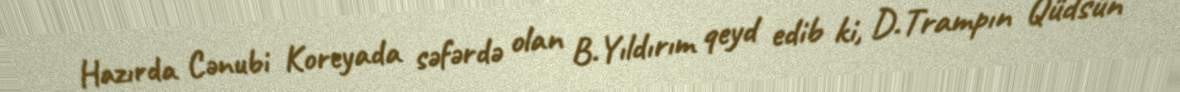
Hazırda Cənubi Koreyada səfərdə olan B.Yıldırım qeyd edib ki, D.Trampın Qüdsün